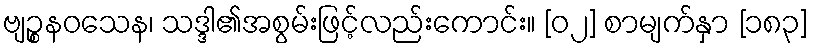
ဗျဉ္စနဝသေန၊ သဒ္ဒါ၏အစွမ်းဖြင့်လည်းကောင်း။ [၀၂] စာမျက်နှာ [၁၈၃]